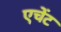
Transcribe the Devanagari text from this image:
एचेंट